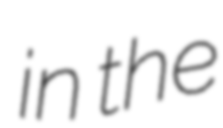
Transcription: in the